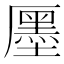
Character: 㕓